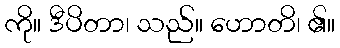
ကို။ ဒီပိတာ၊ သည်။ ဟောတိ၊ ၏။